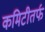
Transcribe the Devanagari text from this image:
कमिटीतर्फ